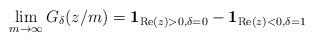
LaTeX: \begin{align*} \lim_{m \to \infty} G_\delta(z/m) = \mathbf{1}_{ \mathrm{Re}(z) > 0 , \delta = 0 } - \mathbf{1}_{ \mathrm{Re}(z) < 0 , \delta=1}\end{align*}